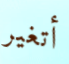
أتغير